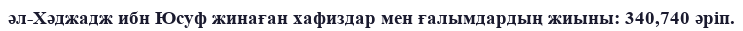
әл-Хәджадж ибн Юсуф жинаған хафиздар мен ғалымдардың жиыны: 340,740 әріп.